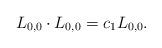
LaTeX: \begin{align*}L_{0,0}\cdot L_{0,0}&=c_1L_{0,0}.\end{align*}